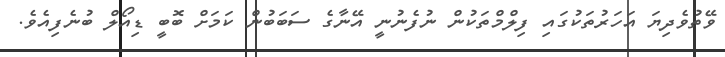
ވޭތުވެދިޔަ އަހަރުތަކުގައި ފިލްމްތަކުން ނުފެނުނީ އޭނާގެ ސަބަބުން ކަމަށް ބޮބީ ޑިއޯލް ބުނެފިއެވެ.